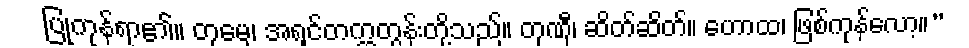
ပြုကုန်ရာ၏။ တုမှေ၊ အရှင်တက္ကတွန်းတို့သည်။ တုဏှီ၊ ဆိတ်ဆိတ်။ ဟောထ၊ ဖြစ်ကုန်လော့။”